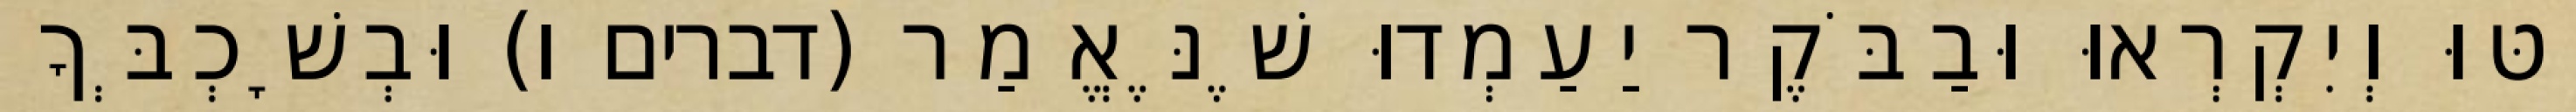
יַטּוּ וְיִקְרְאוּ וּבַבֹּקֶר יַעַמְדוּ שֶׁנֶּאֱמַר (דברים ו) וּבְשָׁכְבְּךָ